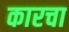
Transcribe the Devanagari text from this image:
कारचा